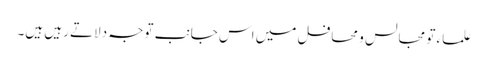
علماء تو مجالس و محافل میں اس جانب توجہ دلاتے رہیں ہیں۔